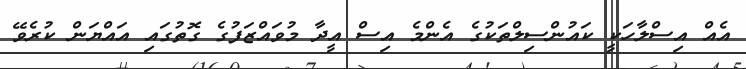
އެއް އިސްލާހަކީ ކައުންސިލްތަކުގެ އެންމެ އިސް އީދާ މުވައްޒަފުގެ ގޮތުގައި އައްޔަން ކުރެވޭ